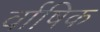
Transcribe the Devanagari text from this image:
र्वाषिक